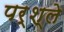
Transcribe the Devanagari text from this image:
पर्श्ले